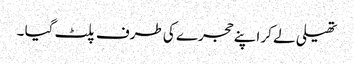
تھیلی لے کر اپنے حجرے کی طرف پلٹ گیا ۔